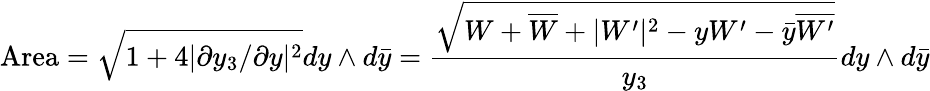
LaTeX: \mathrm{Area}=\sqrt{1+4|\partial y_{3}/\partial y|^{2}}dy\wedge d\bar{y}={\frac{\sqrt{W+\overline{{{W}}}+|W^{\prime}|^{2}-yW^{\prime}-\bar{y}\overline{{{W^{\prime}}}}}}{y_{3}}}dy\wedge d\bar{y}